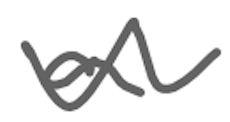
Text: a
Cross-out: wave
Writing tool: digital_gray